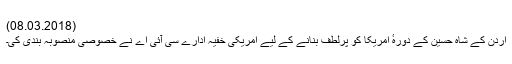
(08.03.2018)
اردن کے شاہ حسین کے دورہٴ امریکا کو پرلطف بنانے کے لیے امریکی خفیہ ادارے سی آئی اے نے خصوصی منصوبہ بندی کی۔